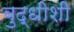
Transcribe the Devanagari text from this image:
बुद्धीशी